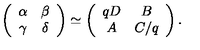
\left( \begin{array} { c c } { \alpha } & { \beta } \\ { \gamma } & { \delta } \\ \end{array} \right) \simeq \left( \begin{array} { c c } { q D } & { B } \\ { A } & { C / q } \\ \end{array} \right) .